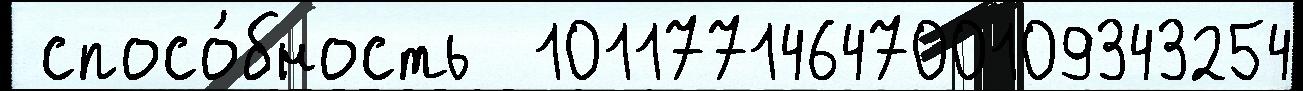
 спосо́бность  1011771464700109343254